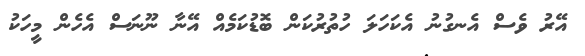
އޭރު ވެސް އެނގުނު އެކަހަލަ ހުތުރުކަން ބޮޑުކަމެއް އޭނާ ނޫނަސް އެހެން މީހަކު